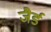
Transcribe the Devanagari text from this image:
जैर्ड